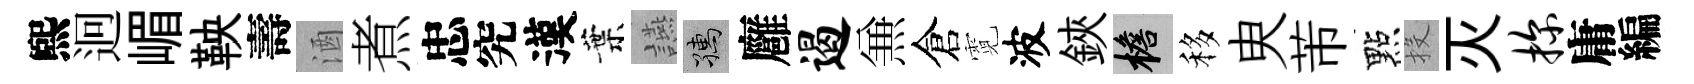
煕迥嵋鞅壽酒煮忠究漢葉讌孺廱遏𠔥倉霓波鋏檐移㬰芾點投灭探庸編